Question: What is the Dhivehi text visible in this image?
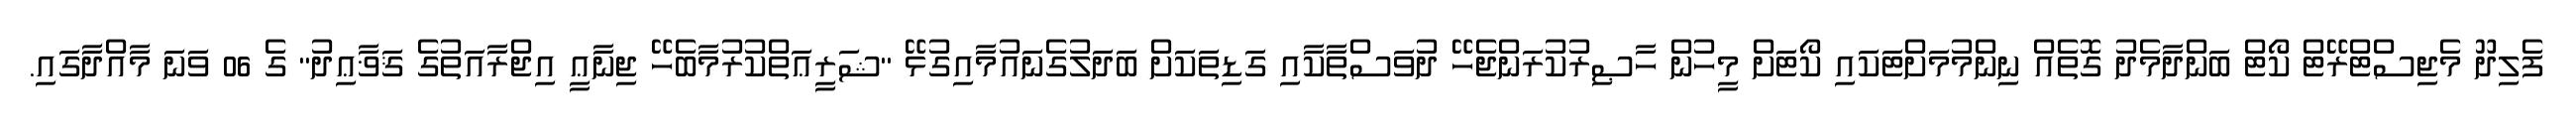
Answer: ފެލިދޫ މެޖިސްޓްރޭޓް ކޯޓް ބަންދާމެދު ގޮތެއް ނިންމުމަށްޓަކައި ކޯޓަށް މީހުން ހާޞިރުކުރަންޖެހޭ ދުވަސްތާކާއި ގަޑިތަކަށް ބަދަލުގެނައުމާއިގުޅޭ "ޝަރީޢަތްކުރުމާބެހޭ ޖިނާޢީ އިޖްރާއަތުގެ ޤަޥާޢިދު" ގެ 06 ވަނަ މާއްދާގައި.